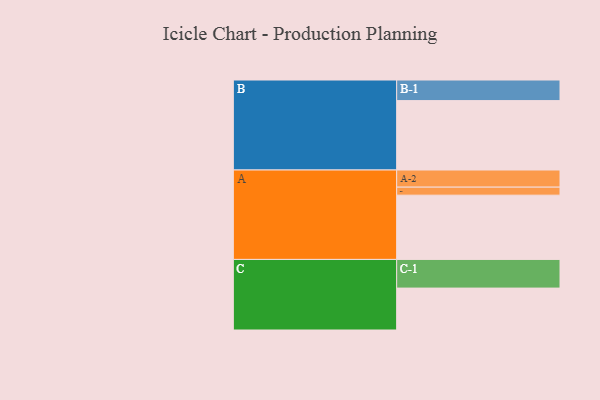
{"axis": {"x": "Segment", "y": "Value"}, "legend": ["", "A", "B", "C"], "data": [{"x": "A", "y": 552, "type": ""}, {"x": "B", "y": 596, "type": ""}, {"x": "C", "y": 360, "type": ""}, {"x": "A-1", "y": 69, "type": "A"}, {"x": "A-2", "y": 147, "type": "A"}, {"x": "B-1", "y": 177, "type": "B"}, {"x": "C-1", "y": 246, "type": "C"}]}